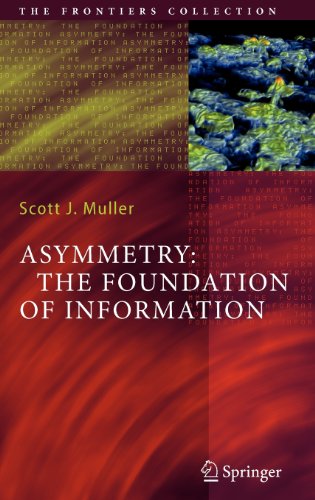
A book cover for Asymmetry: The Foundation of Information (The Frontiers Collection); Scott J. Muller; Science & Math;